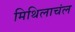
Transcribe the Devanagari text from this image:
मिथिलाचंल